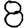
Digit: 8